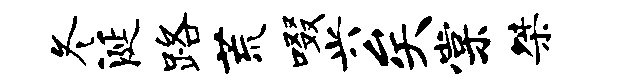
冬涎路荒啜兴矣棠桀